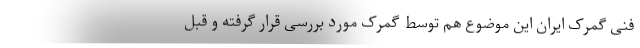
فنی گمرک ایران این موضوع هم توسط گمرک مورد بررسی قرار گرفته و قبل